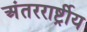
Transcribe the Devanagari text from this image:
अंतररार्ष्ट्रीय